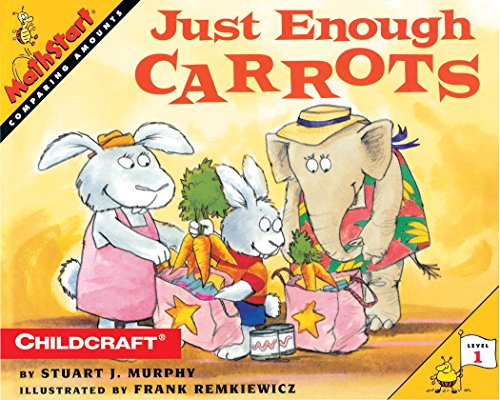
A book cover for Just Enough Carrots (MathStart 1); Stuart J. Murphy; Science & Math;